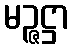
မဉ္ဇဋ္ဌာ